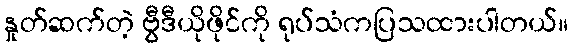
နှုတ်ဆက်တဲ့ ဗွီဒီယိုဖိုင်ကို ရုပ်သံကပြသထားပါတယ်။